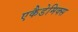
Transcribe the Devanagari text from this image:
एकैडेमिक्स